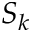
S _ { k }